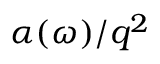
\alpha ( \omega ) / q ^ { 2 }